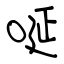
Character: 唌